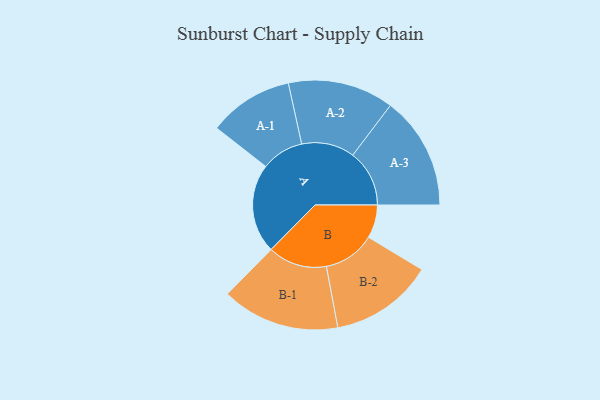
{"axis": {"x": "Segment", "y": "Value"}, "legend": ["", "A", "B"], "data": [{"x": "A", "y": 440, "type": ""}, {"x": "B", "y": 164, "type": ""}, {"x": "A-1", "y": 209, "type": "A"}, {"x": "A-2", "y": 261, "type": "A"}, {"x": "A-3", "y": 279, "type": "A"}, {"x": "B-1", "y": 291, "type": "B"}, {"x": "B-2", "y": 255, "type": "B"}]}